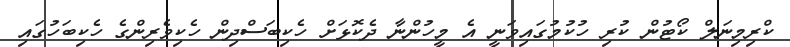
ކްރިމިނަލް ކޯޓުން ކުރި ހުކުމުގައިވަނީ އެ މީހުންނާ ދެކޮޅަށް ހެކިބަސްދިން ހެކިވެރިންގެ ހެކިބަހުގައި